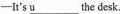
——It's\underline{u}___ the desk.